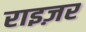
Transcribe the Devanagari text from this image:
राइज़र